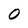
Character: 0